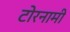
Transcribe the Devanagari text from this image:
टोरनामी